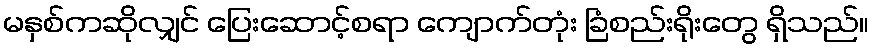
မနှစ်ကဆိုလျှင် ပြေးဆောင့်စရာ ကျောက်တုံး ခြံစည်းရိုးတွေ ရှိသည်။